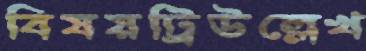
বিষয়ট্রিউল্লেখ